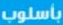
بأسلوب